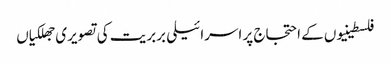
فلسطینیوں کے احتجاج پر اسرائیلی بربریت کی تصویری جھلکیاں